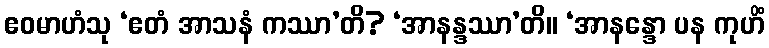
ဧဝမာဟံသု ‘ဧတံ အာသနံ ကဿာ’တိ? ‘အာနန္ဒဿာ’တိ။ ‘အာနန္ဒော ပန ကုဟိံ